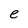
Character: e